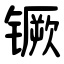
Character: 镢